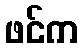
ဖင်က